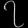
Digit: ၇